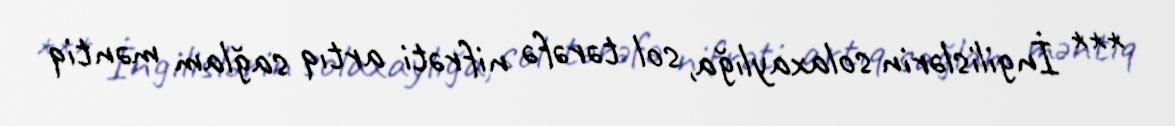
*** İngilislərin solaxaylığa, sol tərəfə nifrəti artıq sağlam məntiq